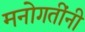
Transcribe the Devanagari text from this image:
मनोगतींनी